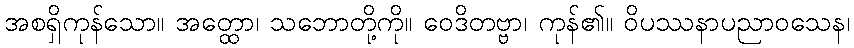
အစရှိကုန်သော။ အတ္ထော၊ သဘောတို့ကို။ ဝေဒိတဗ္ဗာ၊ ကုန်၏။ ဝိပဿနာပညာဝသေန၊